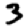
Digit: 3